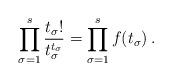
LaTeX: \begin{align*}\prod_{\sigma = 1}^s \frac{t_\sigma!}{t_\sigma^{t_\sigma}} = \prod_{\sigma = 1}^s f(t_{\sigma})\,.\end{align*}